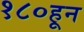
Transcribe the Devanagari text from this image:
१८०हून